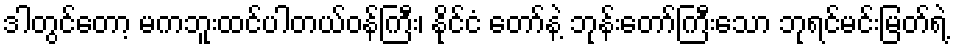
ဒါတွင်တော့ မကဘူးထင်ပါတယ်ဝန်ကြီး၊ နိုင်ငံ တော်နဲ့ ဘုန်းတော်ကြီးသော ဘုရင်မင်းမြတ်ရဲ့